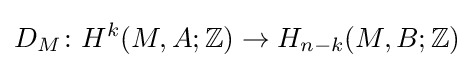
D_{M}\colon H^{k}(M,A;\mathbb {Z} )\to H_{n-k}(M,B;\mathbb {Z} )